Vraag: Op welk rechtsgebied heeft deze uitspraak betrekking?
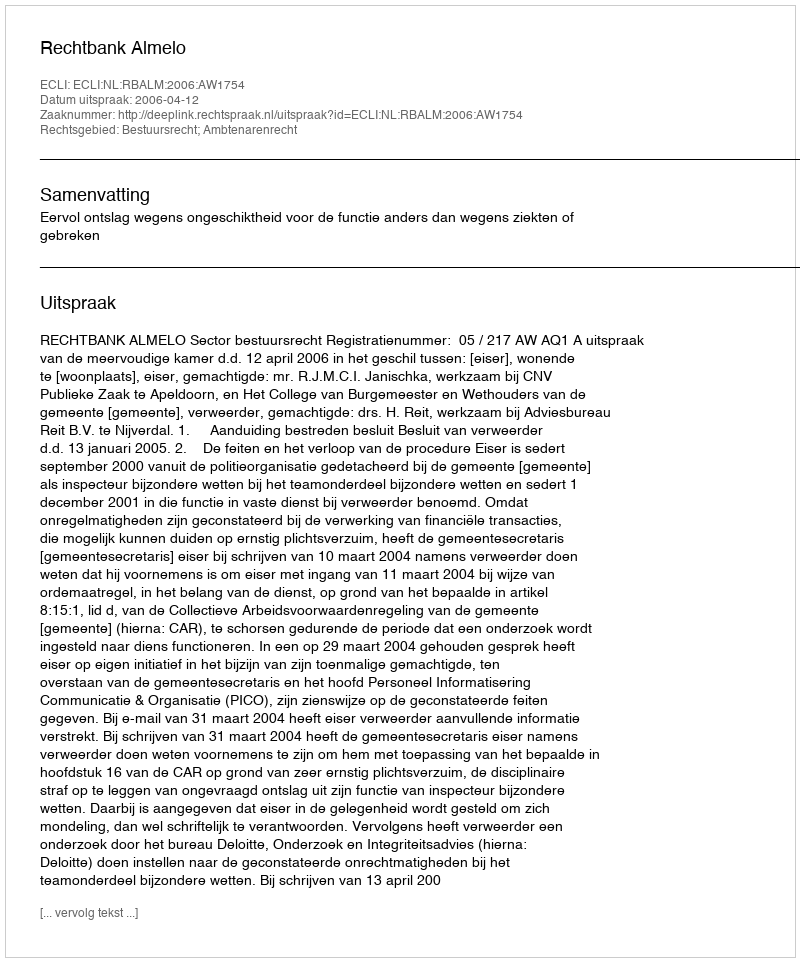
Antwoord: Bestuursrecht; Ambtenarenrecht